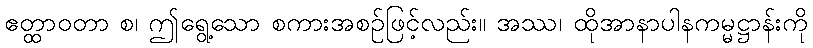
ဧတ္ထာဝတာ စ၊ ဤရွေ့သော စကားအစဉ်ဖြင့်လည်း။ အဿ၊ ထိုအာနာပါနကမ္မဋ္ဌာန်းကို